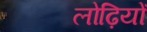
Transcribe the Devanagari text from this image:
लोढ़ियों